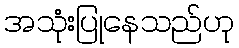
အသုံးပြုနေသည်ဟု